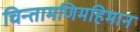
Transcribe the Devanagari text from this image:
चिन्तामणिमहिमानं